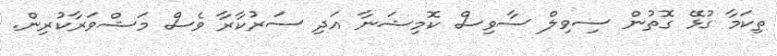
ތިކަމާ ގުޅޭ ގޮތުން ސިވިލް ސާވިސް ކޮމިޝަނާ އަދި ސަރުކާރާ ވެސް މަޝްވަރާކުރިން.